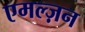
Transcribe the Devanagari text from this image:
एमल्ज़न